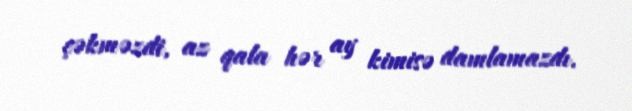
çəkməzdi, az qala hər ay kimisə damlamazdı.